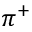
\pi ^ { + }